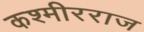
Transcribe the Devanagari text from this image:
कश्मीरराज